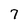
Character: 7